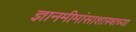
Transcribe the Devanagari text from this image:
ज्ञानमीमांसाशास्त्राच्या